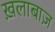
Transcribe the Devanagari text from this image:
ख़लाबाज़